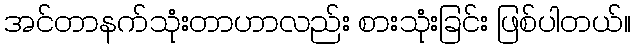
အင်တာနက်သုံးတာဟာလည်း စားသုံးခြင်း ဖြစ်ပါတယ်။